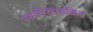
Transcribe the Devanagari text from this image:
परमविरहासक्तित